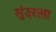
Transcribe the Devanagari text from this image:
सुंदरला